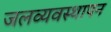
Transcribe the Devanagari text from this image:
जलव्यवस्थापन